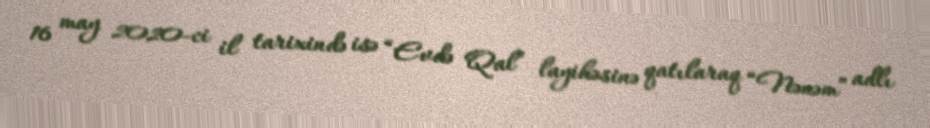
16 may 2020-ci il tarixində isə “Evdə Qal” layihəsinə qatılaraq “Nənəm” adlı